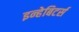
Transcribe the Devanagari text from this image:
इन्हेबिटर्स